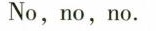
No,no,no.